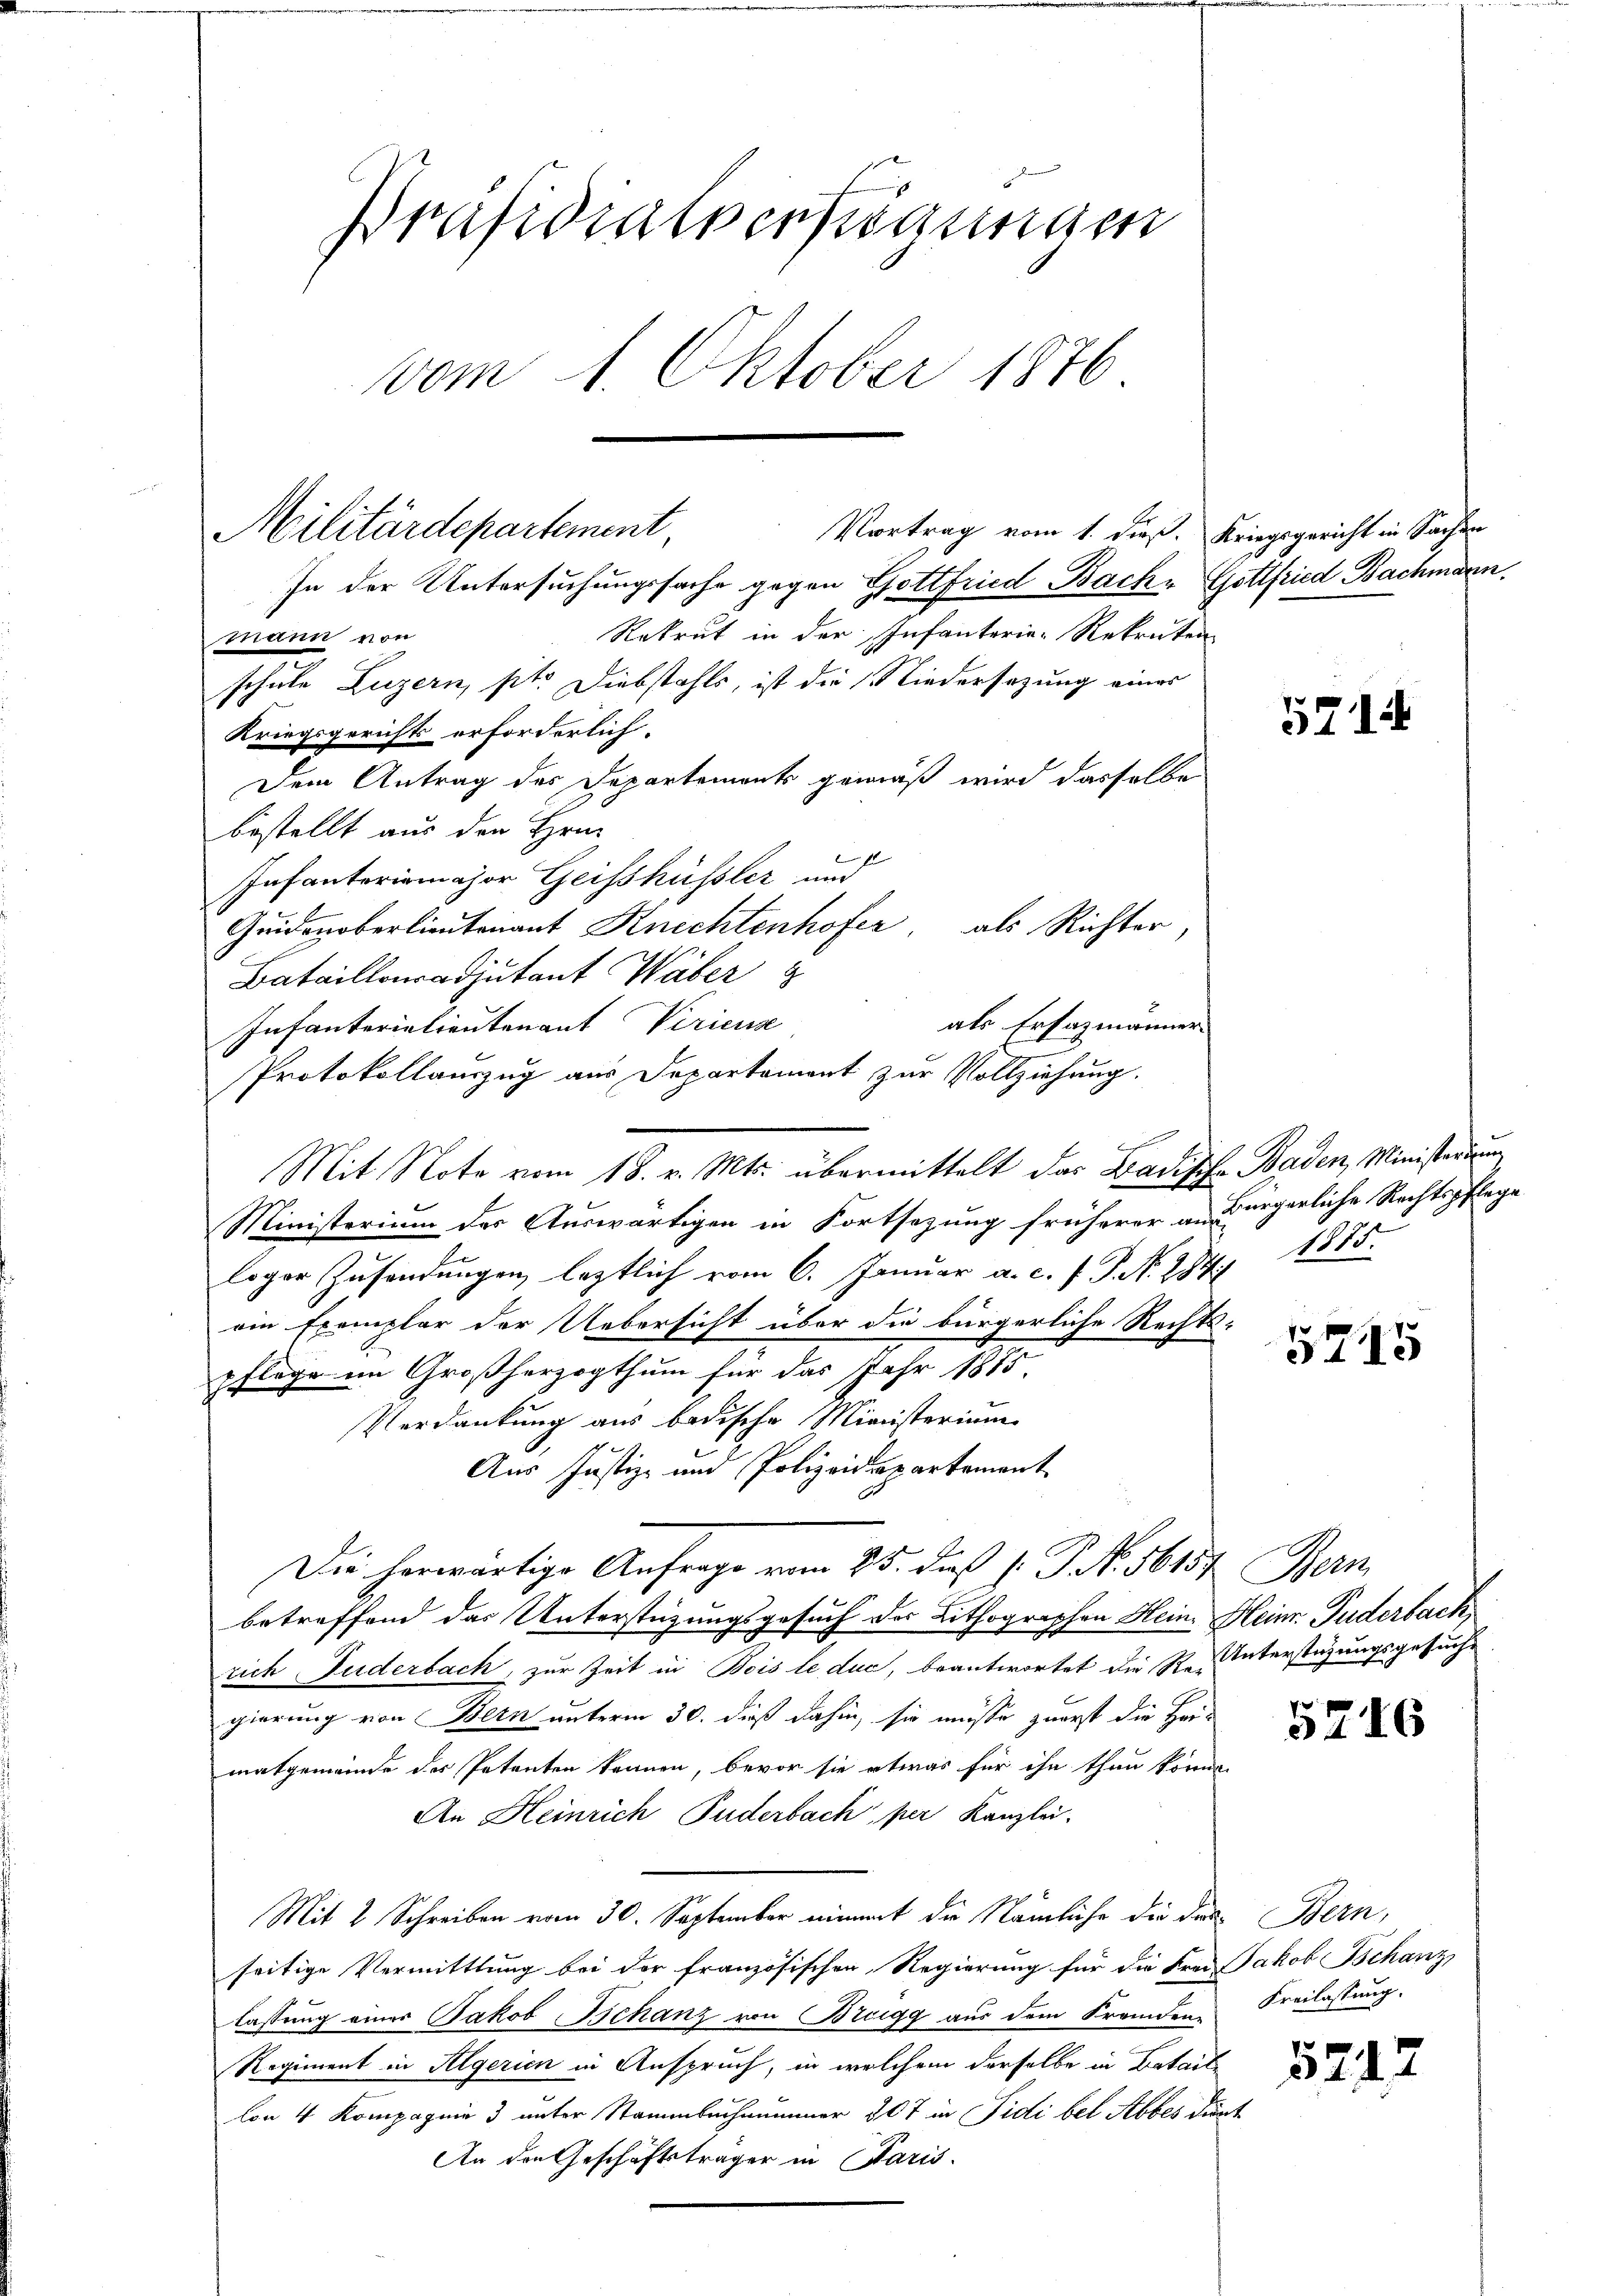
Präsidialverfügungen
vom 1. Oktober 1876.

In der Untersuchungssache gegen Gottfried Bache Gottfried Bachmann.
Rekrut in der Infanterie-Rekruten
mann von
schule Luzern, sit. Diebstahls, ist die Niedersetzung eines
Kriegsgerichts erforderlich.
Dem Antrag des Departements gemäß wird dasselbe
bestellt aus den Hrn.
Infanterirmajor Geisschüssler und
Guidonoberlieutenant Knechtenhofer, als Richter,
Bataillonsadjutant Wäber
als Ersazmänner-
Infanterietreutenant Viricus
Protokollauszug aus Departement zur Vollziehung.
Ministerium der Auswärtigen in Fortsezung früherer an Bürgerliche Rechtspflege
loger Zusendungen leztlich vom 6. Januar a. c. f. P. Nr. 284. 1875.
oin Exemplar der Uebersicht über die bürgerliche Rechts-
pflege im Großherzogthum für das Jahr 1885.
Verdankung aus badische Ministerium
Aus Justiz- und Polizeidepartement
Die herwärtige Anfrage vom 25. daß P. P. N. 56157 Bern
betreffend das Unterstützungsgesuch der Lithographen Hein. Heinr. Puderbach,
rich Fuderbach, zur Zeit in Bois le duc, beantwortet die R. Unterstüzungsgesuche
gierung von Bern unterm 30. dieß dahin, sie müsse zuerst die Hermatgemeinde des Petenten können, bevor sie etwas für ihn thun können
An Heinrich Puderbach per Kanzlei.
Mit 2 Schreiben vom 30. September nimmt die Nämliche die das Bern,
seitige Vermittlung bei der französischen Regierung für die Frei Jakob Bchanz
lassung einer Jakob Schanz von Bregg aus dem Fremden-
Regiment in Algerien in Anspruch, in welchem derselbe in Bataillon 4 Kompagnie 3 unter Stammbuchnammer 307 in Fidi bel Abbes dunt
An den Geschäftsträger in Paris.

Militärdepartement,
Vortrag vom 1. dieß. Kriegsgericht in Sachen

Mit Note vom 18. v. Mts. übermittelt das Badische Baden, Ministerium

5714

5745

5216

Freilassung.

e
5217